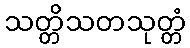
သတ္တိသတသုတ္တံ